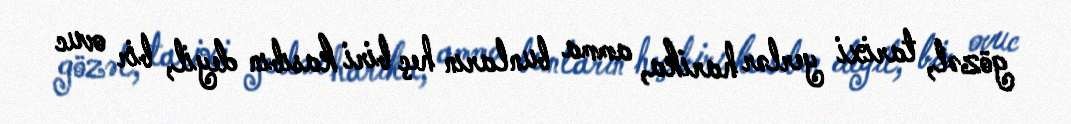
gözəl, tarixi yerlər harika, amma bunların heç biri kasıbın deyil, bir ovuc